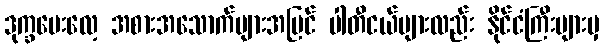
ဒုက္ခပေးလေ့ အစားအသောက်များအပြင် ပါတီငယ်များလည်း နိုင်ငံကြီးများမှ